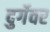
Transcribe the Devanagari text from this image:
दुर्गेवर